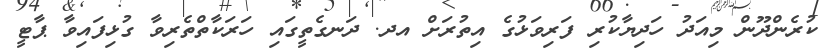
ކުރެންދޫން މިއަދު ހަދިޔާކުރި ފަރިވަޅުގެ އިތުރަށް އދ. ދަނގެތީގައި ހަރަކާތްތެރިވާ ގުޅިފައިވާ ޕާޓީ